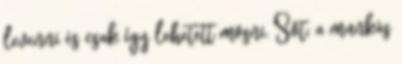
levenni és csak így lehetett mosni. Sõt: a munkás